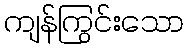
ကျန်ကြွင်းသော